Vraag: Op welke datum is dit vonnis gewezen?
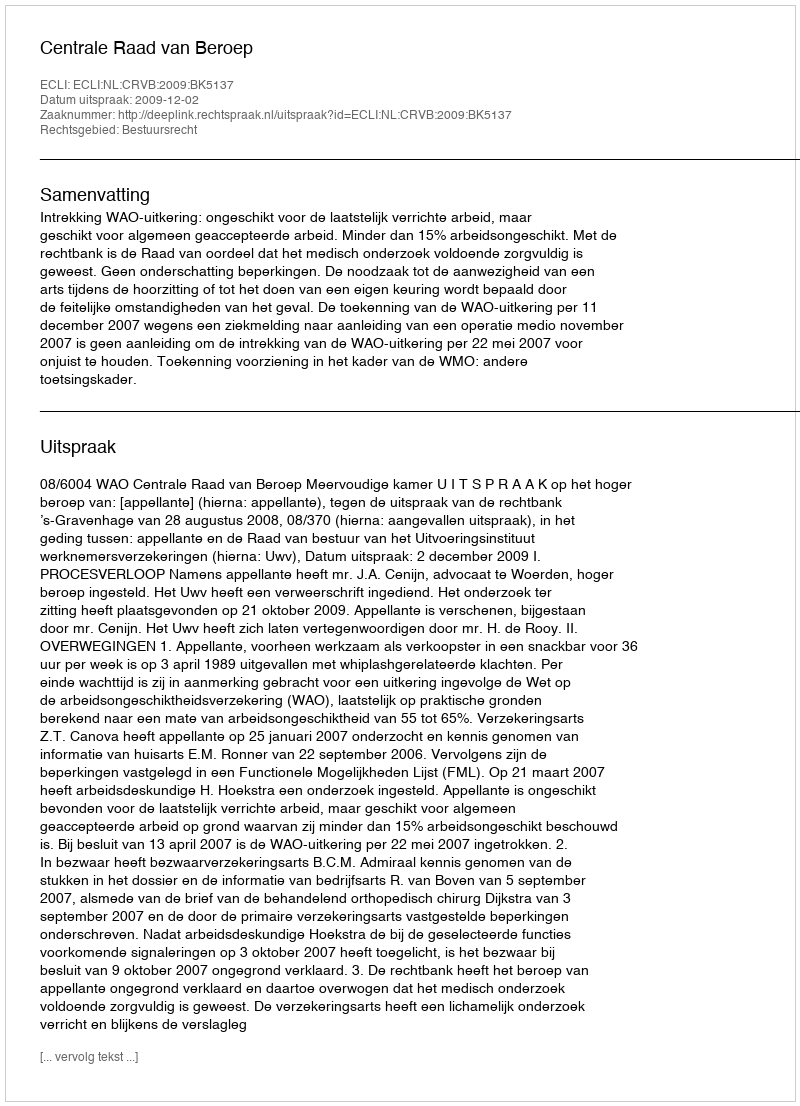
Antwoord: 2009-12-02